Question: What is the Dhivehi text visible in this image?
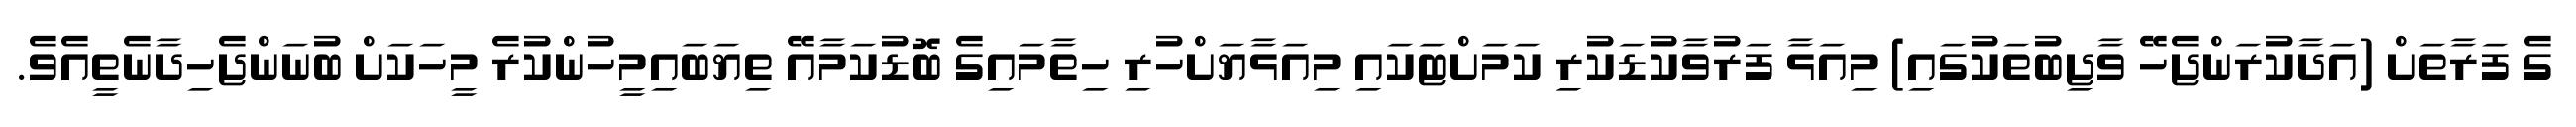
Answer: ގެ ފަރާތަށް (އަދާކުރަންޖެހޭ ވާޖިބުތަކުގައި) މިއަޅާ ފަރުވާކުޑަކުރި ކަމަށްޓަކައި މިއަޅާޔަށްހުރި ހިތާމައިގެ ބޮޑުކަމާއޭ ތިޔަބައިމީހުންކުރެ މީހަކަށް ބުނަންޖެހިދާނެތީއެވެ.